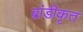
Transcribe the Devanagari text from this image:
ब्रांडीकृत